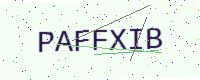
Text: PAFFXIB